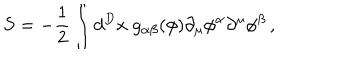
S = - \frac 1 2 \int d ^ { D } x \; g _ { \alpha \beta } ( \phi ) \partial _ { \mu } \phi ^ { \alpha } \partial ^ { \mu } \phi ^ { \beta } \, ,